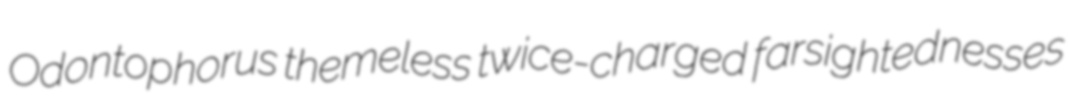
Odontophorus themeless twice-charged farsightednesses